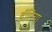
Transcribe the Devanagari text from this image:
ईलिया